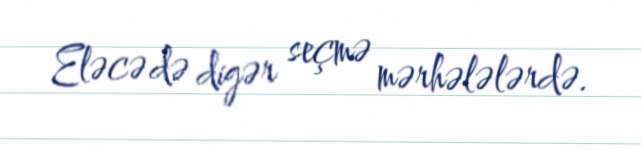
Eləcə də digər seçmə mərhələlərdə.